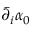
\bar { \partial } _ { i } \alpha _ { 0 }